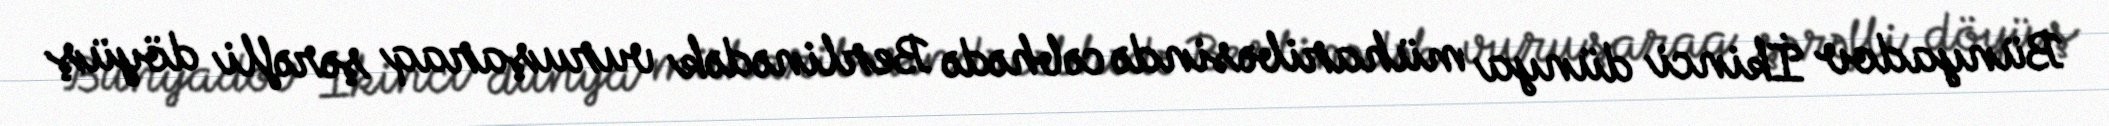
Bünyadov İkinci dünya müharibəsində cəbhədə Berlinədək vuruşaraq şərəfli döyüş